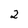
Character: 2